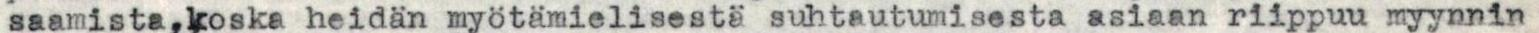
saamista,koska heidän myötämielisestä suhtautumisesta asiaan riippuu myynnin